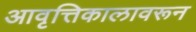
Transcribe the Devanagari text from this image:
आवृत्तिकालावरून